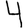
Digit: 4